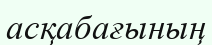
асқабағының